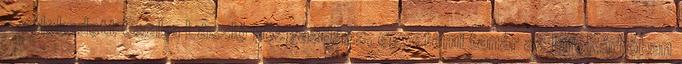
- vélekedett Csaba László közgazdász, egyetemi tanár az InfoRádióban